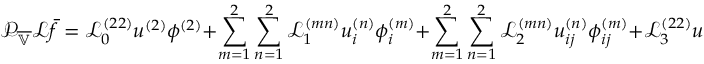
\mathcal { P } _ { \overline { { \mathbb { V } } } } \mathcal { L } \bar { f } = \mathscr { L } _ { 0 } ^ { ( 2 2 ) } u ^ { ( 2 ) } \phi ^ { ( 2 ) } + \sum _ { m = 1 } ^ { 2 } \sum _ { n = 1 } ^ { 2 } \mathscr { L } _ { 1 } ^ { ( m n ) } u _ { i } ^ { ( n ) } \phi _ { i } ^ { ( m ) } + \sum _ { m = 1 } ^ { 2 } \sum _ { n = 1 } ^ { 2 } \mathscr { L } _ { 2 } ^ { ( m n ) } u _ { i j } ^ { ( n ) } \phi _ { i j } ^ { ( m ) } + \mathscr { L } _ { 3 } ^ { ( 2 2 ) } u _ { i j k } ^ { ( 2 ) } \phi _ { i j k } ^ { ( 2 ) } ,